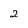
Character: 2